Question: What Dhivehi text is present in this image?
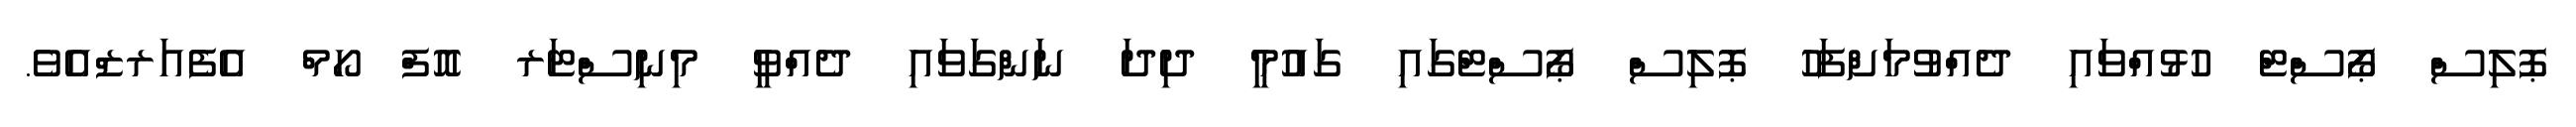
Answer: ޕޮލިސް ޕޯސްޓް ހުޅުއްވައި ދެއްވުމަށްފަހު ޕޮލިސް ޕޯސްޓްގައި ގައުމީ ދިދަ ނަންގަވައި ދެއްވީ މިނިސްޓަރ އޮފް ހޯމް އެފެއަރޒްއެވެ.